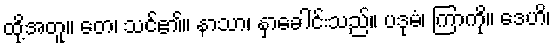
ထို့အတူ။ တေ၊ သင်၏။ နာသာ၊ နှာခေါင်းသည်။ ပဒုမံ၊ ကြာကို။ ဒေဟိ၊